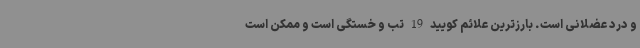
و درد عضلانی است. بارزترین علائم کویید 19 تب و خستگی است و ممکن است